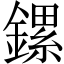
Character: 鏍